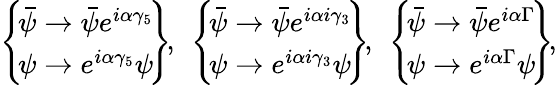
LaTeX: \begin{array}{r}{\left\{ \! \begin{array}{cc}{\bar{\psi}\rightarrow\bar{\psi}e^{i\alpha\gamma_{5}}}\\ {\psi\rightarrow e^{i\alpha\gamma_{5}}\psi}\end{array}\! \right\} \! ,\ \left\{ \! \begin{array}{cc}{\bar{\psi}\rightarrow\bar{\psi}e^{i\alpha i\gamma_{3}}}\\ {\psi\rightarrow e^{i\alpha i\gamma_{3}}\psi}\end{array}\! \right\} \! ,\ \left\{ \! \begin{array}{cc}{\bar{\psi}\rightarrow\bar{\psi}e^{i\alpha\Gamma}}\\ {\psi\rightarrow e^{i\alpha\Gamma}\psi}\end{array}\! \right\} \! ,}\end{array}